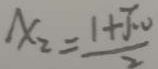
x _ { 2 } = \frac { 1 + \sqrt { 1 0 } } { 2 }